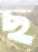
ছ